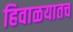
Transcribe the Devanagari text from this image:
हिवाळयातच